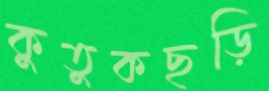
কুতুকছড়ি